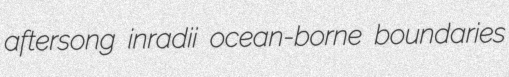
aftersong inradii ocean-borne boundaries